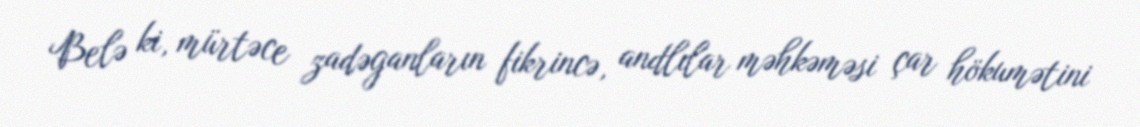
Belə ki, mürtəce zadəganların fikrincə, andlılar məhkəməsi çar hökumətini